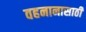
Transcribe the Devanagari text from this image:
वहनानासाठी